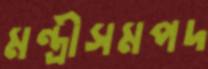
মন্ত্রীসমপদ